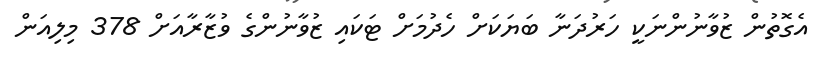
އެގޮތުން ޒުވާނުންނަކީ ހަރުދަނާ ބަޔަކަށް ހެދުމަށް ޓަކައި ޒުވާނުންގެ ވުޒާރާއަށް 378 މިލިއަން